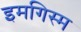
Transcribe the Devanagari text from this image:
इमगिस्म